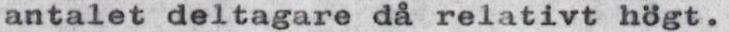
antalet deltagare då relativt högt.